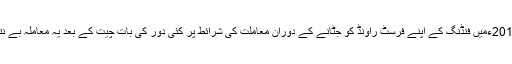
اواخر 2014ءمیں فنڈنگ کے اپنے فرسٹ راونڈ کو جٹانے کے دوران معاملت کی شرائط پر کئی دور کی بات چیت کے بعد یہ معاملہ بے نتیجہ رہا۔